Manual of the Civil Veterinary Department, Central Provinces and Berar
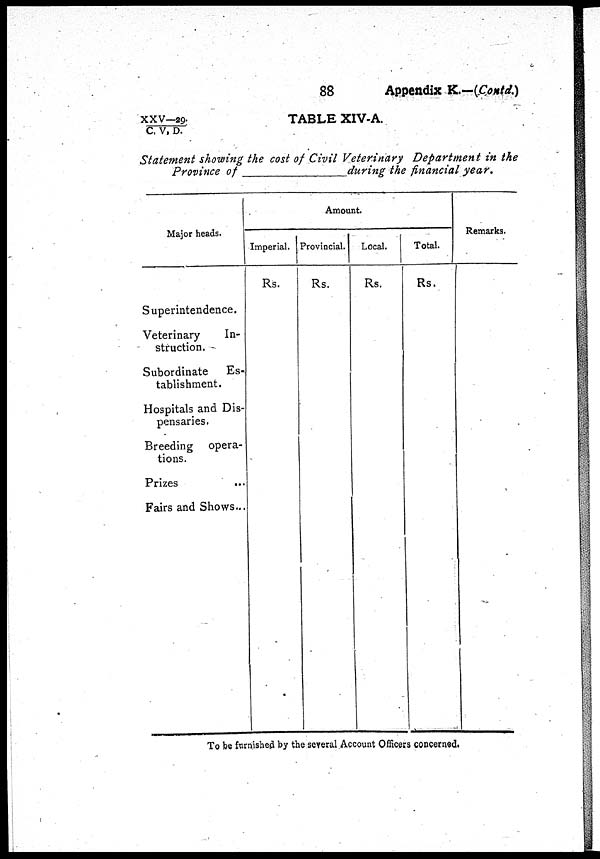
88
Appendix K.—(Contd.)
XXV—29./C. V. D.
TABLE XIV-A.
Statement showing the cost of Civil Veterinary
Department in the
Province of
during the financial year.
Major heads.
Superintendence.
Veterinary
In-
struction.
Subordinate
Es-
tablishment.
Hospitals and Dis-
pensaries.
Breeding opera-
tions.
Prizes
...
Fairs and Shows...
Amount.
Imperial.
Rs.
Provincial.
Rs.
Local.
Rs.
Total.
Rs.
Remarks.
To be furnished by the several Account Officers concerned.